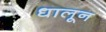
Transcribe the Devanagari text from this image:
धालून